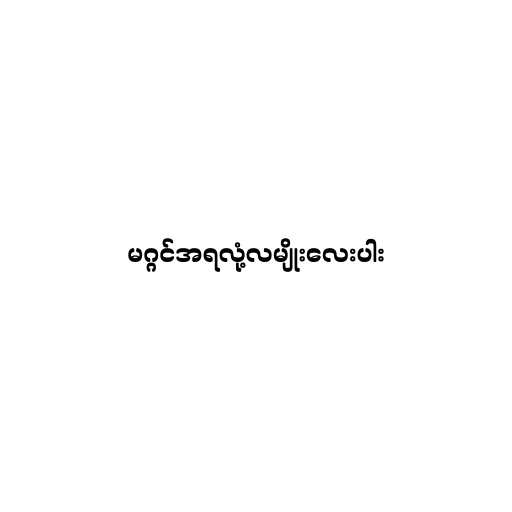
မဂ္ဂင်အရလုံ့လမျိုးလေးပါး